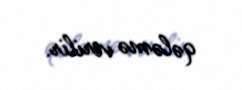
qələmə verilir.